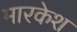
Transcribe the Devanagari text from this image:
मारकेश